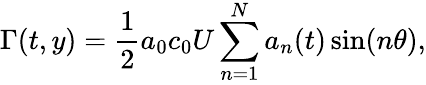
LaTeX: \Gamma(t,y)=\frac{1}{2}a_{0}c_{0}U\sum_{n=1}^{N}a_{n}(t)\sin(n\theta),